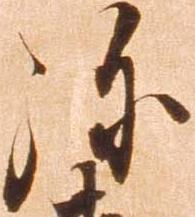
弥